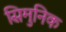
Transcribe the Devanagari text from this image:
सिमुनिक